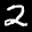
Label: 2